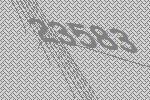
23583